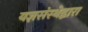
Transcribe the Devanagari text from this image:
यज्ञसंस्थेद्वारा